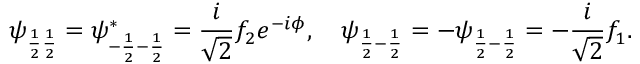
\psi _ { \frac { 1 } { 2 } \frac { 1 } { 2 } } = \psi _ { - \frac { 1 } { 2 } - \frac { 1 } { 2 } } ^ { * } = \frac { i } { \sqrt { 2 } } f _ { 2 } e ^ { - i \phi } , \quad \psi _ { \frac { 1 } { 2 } - \frac { 1 } { 2 } } = - \psi _ { \frac { 1 } { 2 } - \frac { 1 } { 2 } } = - \frac { i } { \sqrt { 2 } } f _ { 1 } .